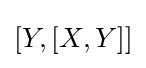
[Y,[X,Y]]